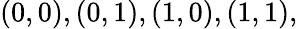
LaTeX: (0,0),(0,1),(1,0),(1,1),